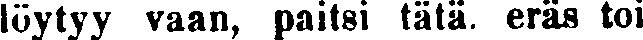
löytyy vaan, paitsi tätä. eräs toi